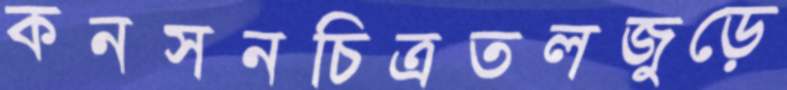
কনসনচিত্রতলজুড়ে